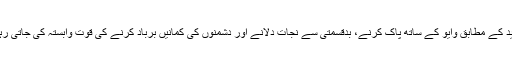
اتھر وید کے مطابق وایو کے ساتھ پاک کرنے، بدقسمتی سے نجات دلانے اور دشمنوں کی کمانیں برباد کرنے کی قوت وابستہ کی جاتی رہی ہے۔